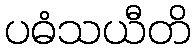
ပဓံသယီတိ